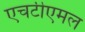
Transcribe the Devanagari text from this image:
एचटीएमल